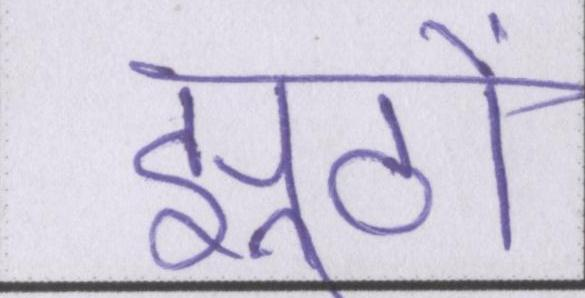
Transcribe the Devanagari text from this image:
झूठों